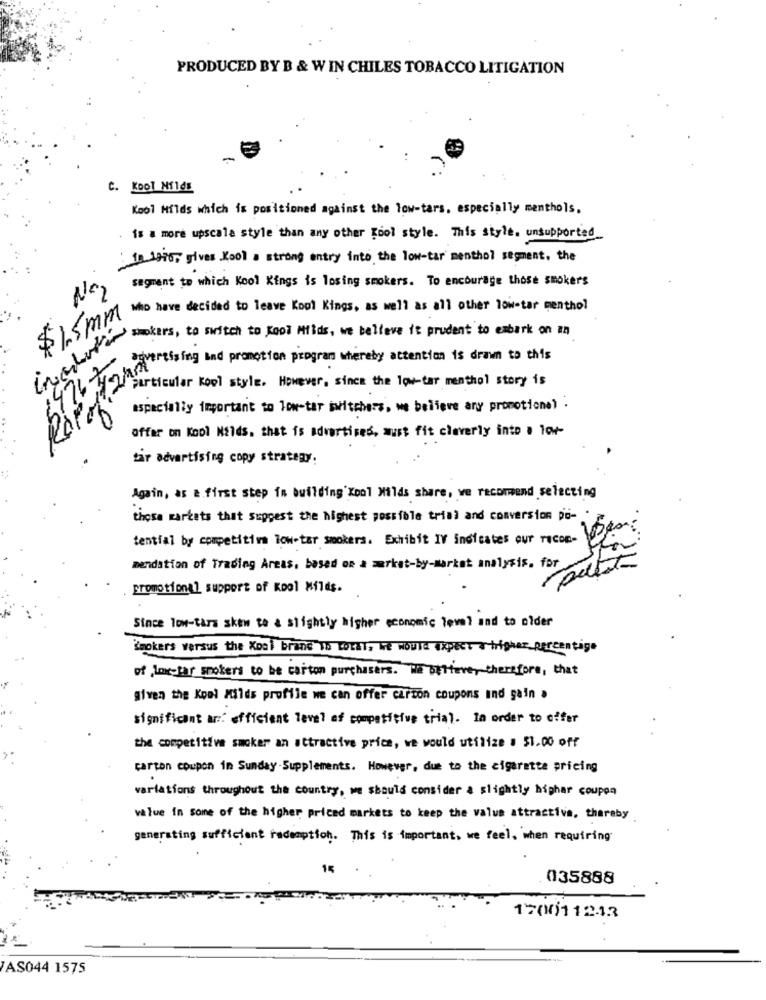
PRODUCED BY B & W IN CHILES TOBACCO LITIGATION
C. Kool Nildx
Kool Hilds which is positioned against the low-tars. especially menthols.
is a more upscale style than any other Cool style. This style. unsupported_
In ipro, gives Kool a strong entry into the low-tar menthol segment, the
segment to which Kool Kings is losing smokers. To encourage those smokers
Na
Who have decided to leave Kool Kings, as well as all other low-tar menthol
$1.5mm
lunettes, to switch to Kool Milde, i hollows to prudent to embark on an .
476 thing and promotion program whereby attention is drawn to this
particular kool style. However, since the low-tar menthol story is
24
especially important to low-tar iwitchers, we believe any promotione) .
0
offar on Kool NElds. that is advertises, must fit cleverly into . low-
tar advertising copy strategy.
Again, as & first step in building'Kool Milds share, ve recommend selecting
those markets that suppest the highest possible trial and conversion po- .
tential by competition low-tar sockers. Exhibit IV indicates our recom- of.
mendation of Trading Areas, based on a market-by-market analysis. for
promotional support of Kool Milds.
Since low-tars skew to a slightly higher economic level and to older
Smokers versus the Koal branc 10 total, We would expect a higher percentage
of loxfar smokers to be carton purchasers. We believe, therefore, that
given the Koml Milds profile we can offer carton coupons and gain .
significant ar: efficient level of competitive trial. In order to offer
the competitive smoker an attractive price, we would utilize . 51.00 off
carton coupon in Sunday -Supplements. However, due to the cigarette pricing
variations throughout the country, we should consider a slightly higher coupon
value in some of the higher priced markets to keep the value attractive, thereby
generating sufficient redemption. This is important, we feel, when requiring
15
035888
17(0)11243
AS044 1575